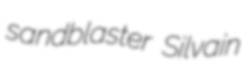
sandblaster Silvain